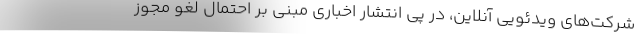
شرکت‌های ویدئویی آنلاین، در پی انتشار اخباری مبنی بر احتمال لغو مجوز